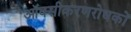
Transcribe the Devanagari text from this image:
ऑक्सीकरणरोधकों